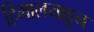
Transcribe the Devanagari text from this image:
हिमालयाहून